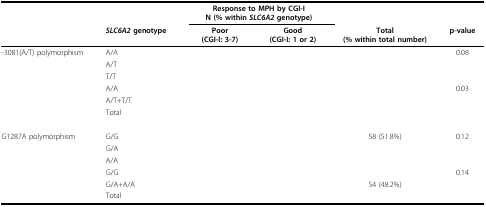
<table><thead><tr><td>[EMPTY_CELL]</td><td>[EMPTY_CELL]</td><td colspan="2"><b>Response to MPH by CGI-IN (% within <i>SLC6A2 </i>genotype)</b></td><td>[EMPTY_CELL]</td><td>[EMPTY_CELL]</td></tr><tr><td>[EMPTY_CELL]</td><td><b><i>SLC6A2 </i>genotype</b></td><td><b>Poor(CGI-I: 3-7)</b></td><td><b>Good(CGI-I: 1 or 2)</b></td><td><b>Total(% within total number)</b></td><td><b>p-value</b></td></tr></thead><tbody><tr><td>-3081(A/T) polymorphism</td><td>A/A</td><td>[EMPTY_CELL]</td><td>[EMPTY_CELL]</td><td>[EMPTY_CELL]</td><td>0.08</td></tr><tr><td>[EMPTY_CELL]</td><td>A/T</td><td>[EMPTY_CELL]</td><td>[EMPTY_CELL]</td><td>[EMPTY_CELL]</td><td>[EMPTY_CELL]</td></tr><tr><td>[EMPTY_CELL]</td><td>T/T</td><td>[EMPTY_CELL]</td><td>[EMPTY_CELL]</td><td>[EMPTY_CELL]</td><td>[EMPTY_CELL]</td></tr><tr><td>[EMPTY_CELL]</td><td>A/A</td><td>[EMPTY_CELL]</td><td>[EMPTY_CELL]</td><td>[EMPTY_CELL]</td><td>0.03</td></tr><tr><td>[EMPTY_CELL]</td><td>A/T+T/T</td><td>[EMPTY_CELL]</td><td>[EMPTY_CELL]</td><td>[EMPTY_CELL]</td><td>[EMPTY_CELL]</td></tr><tr><td>[EMPTY_CELL]</td><td>Total</td><td>[EMPTY_CELL]</td><td>[EMPTY_CELL]</td><td>[EMPTY_CELL]</td><td>[EMPTY_CELL]</td></tr><tr><td>G1287A polymorphism</td><td>G/G</td><td>[EMPTY_CELL]</td><td>[EMPTY_CELL]</td><td>58 (51.8%)</td><td>0.12</td></tr><tr><td>[EMPTY_CELL]</td><td>G/A</td><td>[EMPTY_CELL]</td><td>[EMPTY_CELL]</td><td>[EMPTY_CELL]</td><td>[EMPTY_CELL]</td></tr><tr><td>[EMPTY_CELL]</td><td>A/A</td><td>[EMPTY_CELL]</td><td>[EMPTY_CELL]</td><td>[EMPTY_CELL]</td><td>[EMPTY_CELL]</td></tr><tr><td>[EMPTY_CELL]</td><td>G/G</td><td>[EMPTY_CELL]</td><td>[EMPTY_CELL]</td><td>[EMPTY_CELL]</td><td>0.14</td></tr><tr><td>[EMPTY_CELL]</td><td>G/A+A/A</td><td>[EMPTY_CELL]</td><td>[EMPTY_CELL]</td><td>54 (48.2%)</td><td>[EMPTY_CELL]</td></tr><tr><td>[EMPTY_CELL]</td><td>Total</td><td>[EMPTY_CELL]</td><td>[EMPTY_CELL]</td><td>[EMPTY_CELL]</td><td>[EMPTY_CELL]</td></tr></tbody></table>